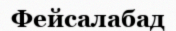
Фейсалабад